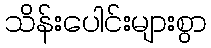
သိန်းပေါင်းများစွာ